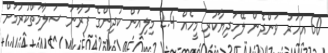
60 އަހަރު ވަންދެން ލޭހަދިޔާކުރި މީހެއް 2.4 މިލިއަން ކުދިންގެ ފުރާނަ ސަލާމަތްކުރުމަށް